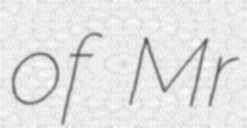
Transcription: of Mr